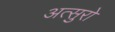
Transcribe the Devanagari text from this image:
अत्सुरो